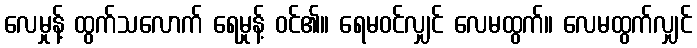
လေမှုန့် ထွက်သလောက် ရေမှုန့် ဝင်၏။ ရေမဝင်လျှင် လေမထွက်။ လေမထွက်လျှင်